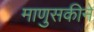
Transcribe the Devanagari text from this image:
माणुसकीने